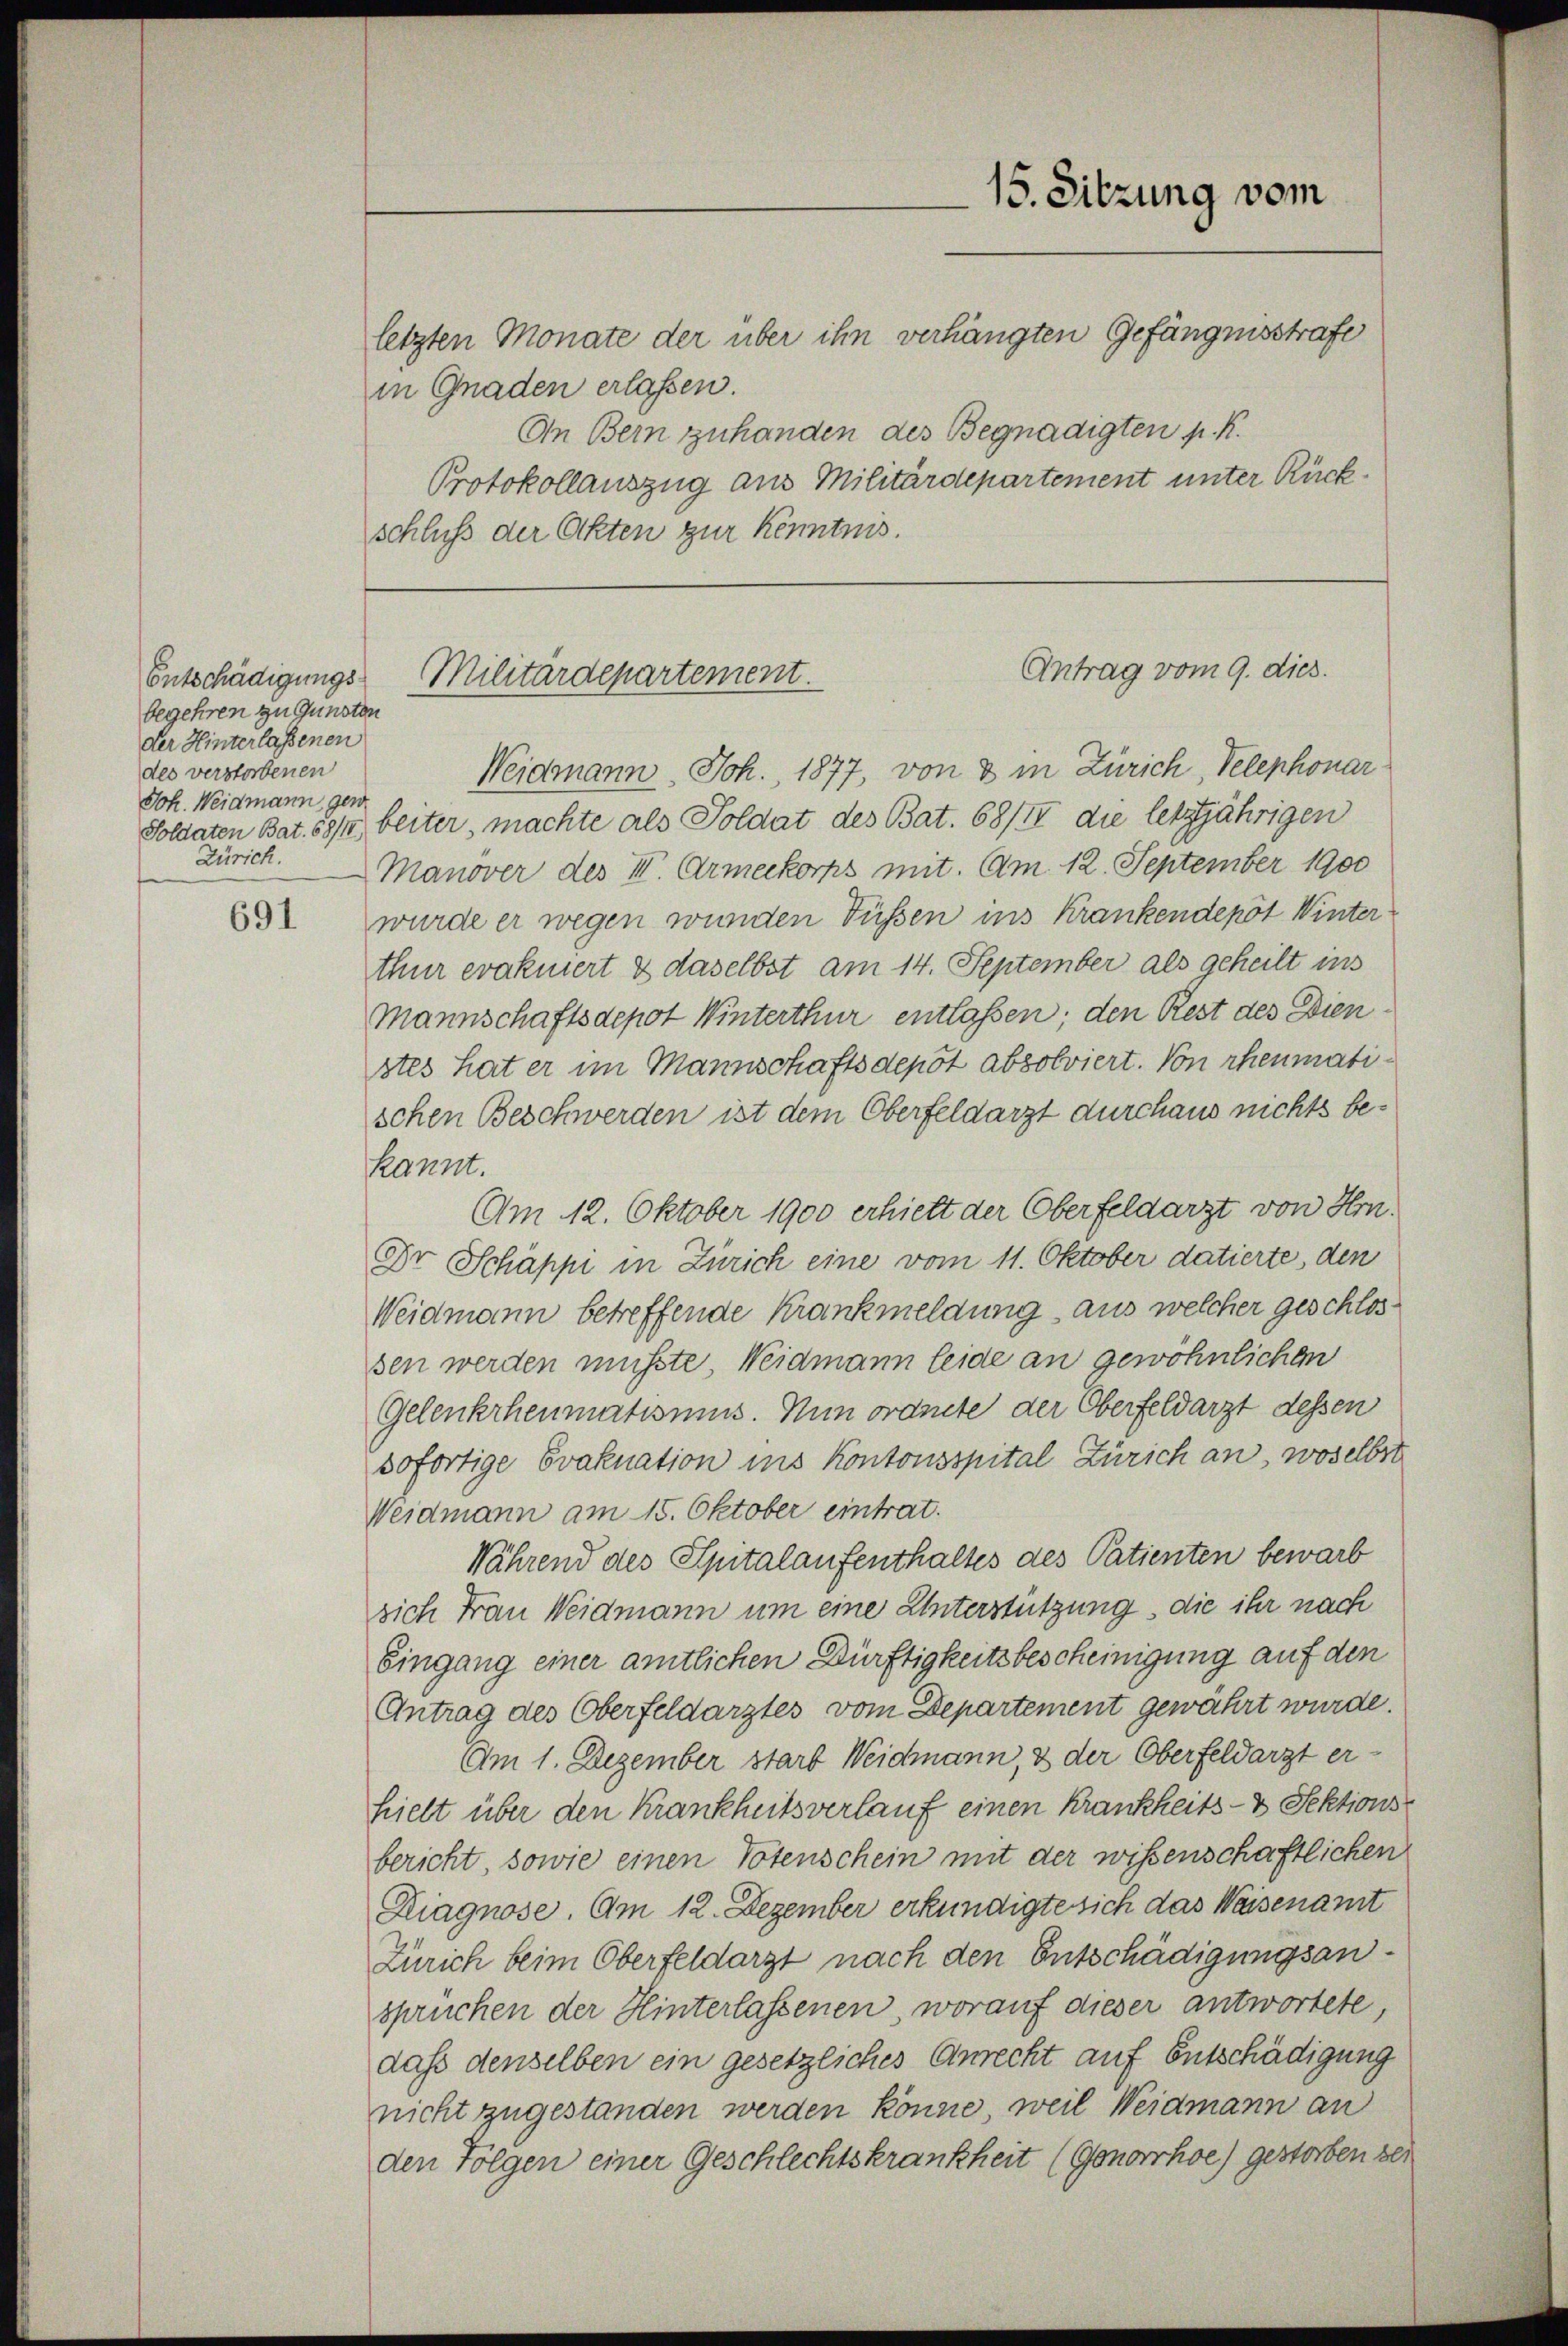
Entschädigungs
begehren zu Gunsten
der Hinterlassenen
des verstorbenen
Joh. Weidmann, gen
Zürich.

691

Militärdepartement.

letzten Monate der über ihn verhängten Gefängnisstrafe
in Gnaden erlassen.
An Bern zuhanden des Begnadigten p. K.
schluß der Akten zur Kenntnis.

15. Sitzung vom
Protokollauszug aus Militärdepartement unter Rück¬

Antrag vom 9. dies.

Weidmann, Joh. 1877, von 8 in Zürich, Telephonar¬
Soldaten Bat. 681) beiter, machte als Soldat des Bat. 68/II die letztjährigen
Manöver des III. Armeekorps mit. Am 12. September 1900
wurde er wegen wunden Füssen ins Krankendepot Winter
thur evakuiert & daselbst am 14. September als geheilt ins
Mannschaftsdepot Winterthur entlaßen; den Rest des Dien
stes hat er im Mannschaftsdepot absolviert. Von rheumatischen Beschwerden ist dem Oberfeldarzt durchaus nichts bekannt.
Am 12. Oktober 1900 erhielt der Oberfeldarzt von Hrn.
Dr. Schäppi in Zürich eine vom 11. Oktober datierte, den
Weidmann betreffende Krankmeldung, aus welcher geschlossen werden müsste Weidmann leide an gewöhnlichen
Gelenkrheumatismus. Nun ordnete der Oberfeldarzt dessen
sofortige Evaknation ins Kontonsspital Zürich an, woselbst
Weidmann am 15. Oktober eintrat.
Nährend des Spitalaufenthaltes des Patienten bewarb
sich Frau Weidmann um eine Unterstützung, die ihr nach
Eingang einer amtlichen Dürftigkeitsbescheinigung auf den
Antrag des Oberfeldarztes vom Departement gewährt wurde.
Am 1. Dezember starb Weidmann, & der Oberfeldarzt erhielt über den Krankheitsverlauf einen Krankheits- & Sektionsbericht, sowie einen Totenschein mit der wissenschaftlichen
Kiagnose. Am 12. Dezember erkundigte sich das Waisenamt
Zürich beim Oberfeldarzt nach den Entschädigungsansprüchen der Hinterlassenen, worauf dieser antwortete
daß denselben ein gesetzliches Anrecht auf Entschädigung
nicht zugestanden werden könne, weil Weidmann an
den Folgen einer Geschlechtskrankheit (Gonorrhoe) gestorben sei